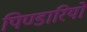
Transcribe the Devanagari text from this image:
पिण्डारियों